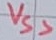
Text: VSS